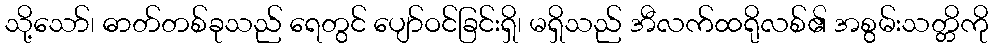
သို့သော်၊ ဓာတ်တစ်ခုသည် ရေတွင် ပျော်ဝင်ခြင်းရှိ၊ မရှိသည် အီလက်ထရိုလစ်၏ အစွမ်းသတ္တိကို